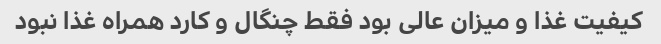
کیفیت غذا و‌ میزان عالی بود فقط چنگال و کارد همراه غذا نبود